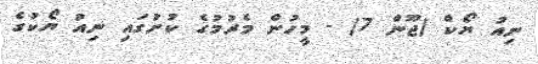
ނިއު ޔޯކް (ޖޫން 7) - މީހުން މެރުމުގެ ކުށުގައި ނިއު ޔޯކުގެ